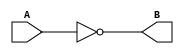
module inv(input A, output B);

//-- Tanto la entrada como la salida son "cables"
wire A;
wire B;

  //-- Asignar a la salida la entrada negada
  assign B = ~A;

endmodule